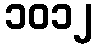
၁၀၁၂